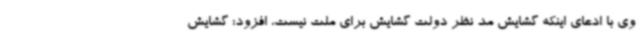
وی با ادعای اینکه گشایش مد نظر دولت گشایش برای ملت نیست، افزود: گشایش